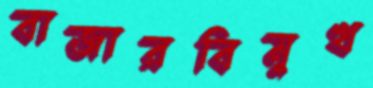
বাজারবিমুখ